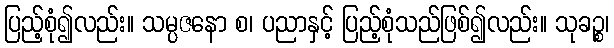
ပြည့်စုံ၍လည်း။ သမ္ပဇနော စ၊ ပညာနှင့် ပြည့်စုံသည်ဖြစ်၍လည်း။ သုခဉ္စ၊